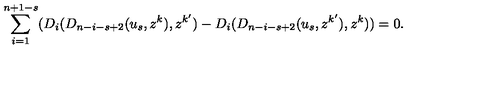
\sum _ { i = 1 } ^ { n + 1 - s } ( D _ { i } ( D _ { n - i - s + 2 } ( u _ { s } , z ^ { k } ) , z ^ { k ^ { \prime } } ) - D _ { i } ( D _ { n - i - s + 2 } ( u _ { s } , z ^ { k ^ { \prime } } ) , z ^ { k } ) ) = 0 .